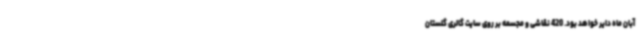
آبان ماه دایر خواهد بود. 420 نقاشی و مجسمه بر روی سایت گالری گلستان